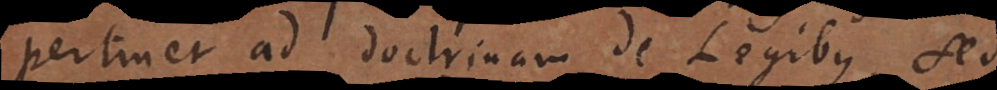
pertinet ad doctrinam de Legibus, sed